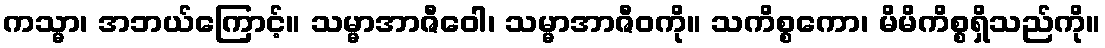
ကသ္မာ၊ အဘယ်ကြောင့်။ သမ္မာအာဇီဝေါ၊ သမ္မာအာဇီဝကို။ သကိစ္စကော၊ မိမိကိစ္စရှိသည်ကို။